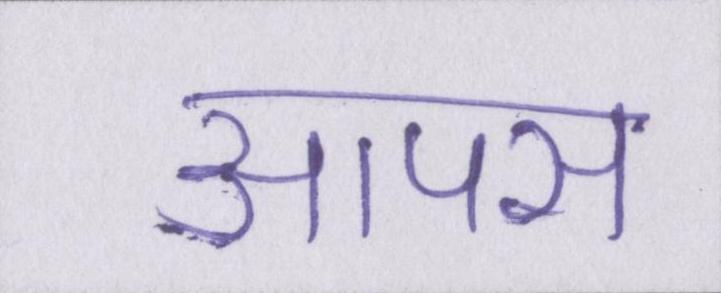
आपस